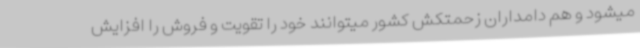
میشود و هم دامداران زحمتکش کشور میتوانند خود را تقویت و فروش را افزایش